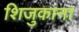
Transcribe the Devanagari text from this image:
शिजुकाना